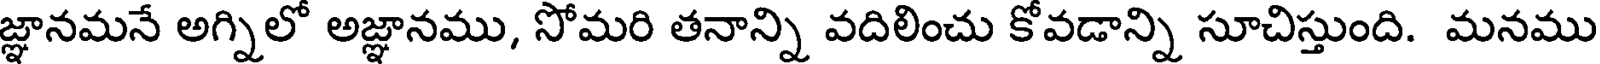
జ్ఞానమనే అగ్నిలో అజ్ఞానము, సోమరి తనాన్ని వదిలించు కోవడాన్ని సూచిస్తుంది. మనము